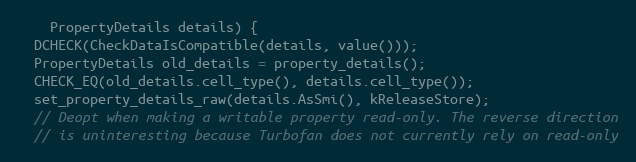
Language: C
    PropertyDetails details) {
  DCHECK(CheckDataIsCompatible(details, value()));
  PropertyDetails old_details = property_details();
  CHECK_EQ(old_details.cell_type(), details.cell_type());
  set_property_details_raw(details.AsSmi(), kReleaseStore);
  // Deopt when making a writable property read-only. The reverse direction
  // is uninteresting because Turbofan does not currently rely on read-only